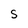
Character: S